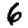
Digit: 6